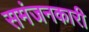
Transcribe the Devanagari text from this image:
समंजनकारी